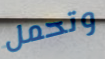
وتحمل